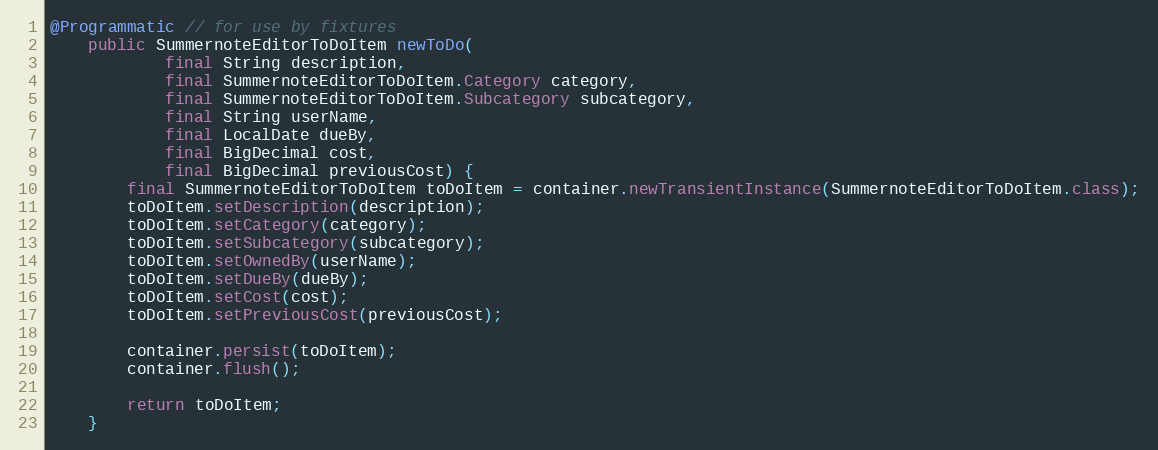
Language: Java
@Programmatic // for use by fixtures
    public SummernoteEditorToDoItem newToDo(
            final String description,
            final SummernoteEditorToDoItem.Category category,
            final SummernoteEditorToDoItem.Subcategory subcategory,
            final String userName,
            final LocalDate dueBy,
            final BigDecimal cost,
            final BigDecimal previousCost) {
        final SummernoteEditorToDoItem toDoItem = container.newTransientInstance(SummernoteEditorToDoItem.class);
        toDoItem.setDescription(description);
        toDoItem.setCategory(category);
        toDoItem.setSubcategory(subcategory);
        toDoItem.setOwnedBy(userName);
        toDoItem.setDueBy(dueBy);
        toDoItem.setCost(cost);
        toDoItem.setPreviousCost(previousCost);

        container.persist(toDoItem);
        container.flush();

        return toDoItem;
    }